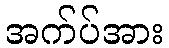
အက်ပ်အား